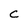
Character: C